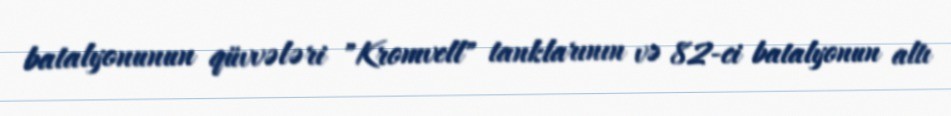
batalyonunun qüvvələri "Kromvell" tanklarının və 82-ci batalyonun altı